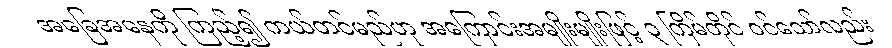
အခြေအနေကို ကြည့်၍ ကယ်တင်မည်ဟု အကြောင်းအမျိုးမျိုးဖြင့် ၃ ကြိမ်တိုင် ဝင်သော်လည်း